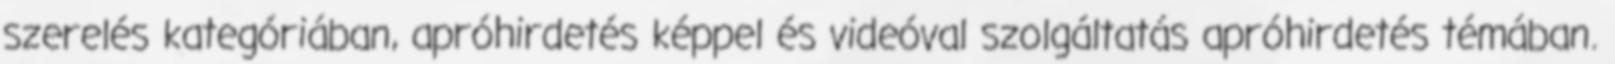
szerelés kategóriában, apróhirdetés képpel és videóval szolgáltatás apróhirdetés témában.